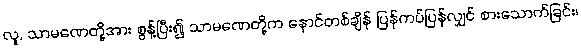
လူ, သာမဏေတို့အား စွန့်ပြီး၍ သာမဏေတို့က နောင်တစ်ချိန် ပြန်ကပ်ပြန်လျှင် စားသောက်ခြင်း၊